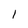
Character: 1